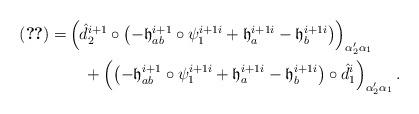
LaTeX: \begin{align*}\aligned(\ref{combine1775})=&\left(\hat d_{2}^{i+1}\circ\left(-\frak h_{ab}^{i+1} \circ \psi_1^{i+1 i}+ \frak h_{a}^{i+1 i} - \frak h_{b}^{i+1 i} \right)\right)_{\alpha'_2\alpha_1}\\&\quad+\left(\left(-\frak h_{ab}^{i+1} \circ \psi_1^{i+1 i}+ \frak h_a^{i+1 i}- \frak h_b^{i+1 i}\right) \circ \hat d_{1}^{i}\right)_{\alpha'_2\alpha_1}.\endaligned\end{align*}